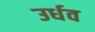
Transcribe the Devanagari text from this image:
उर्धव